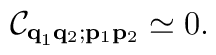
{\cal C}_{{\bf q}_1 {\bf q}_2; {\bf p}_1 {\bf p}_2} \simeq 0 .